Annual report on the Civil Veterinary Department, Burma (including the Insein Veterinary School) - 1910-1922
Year: 1910
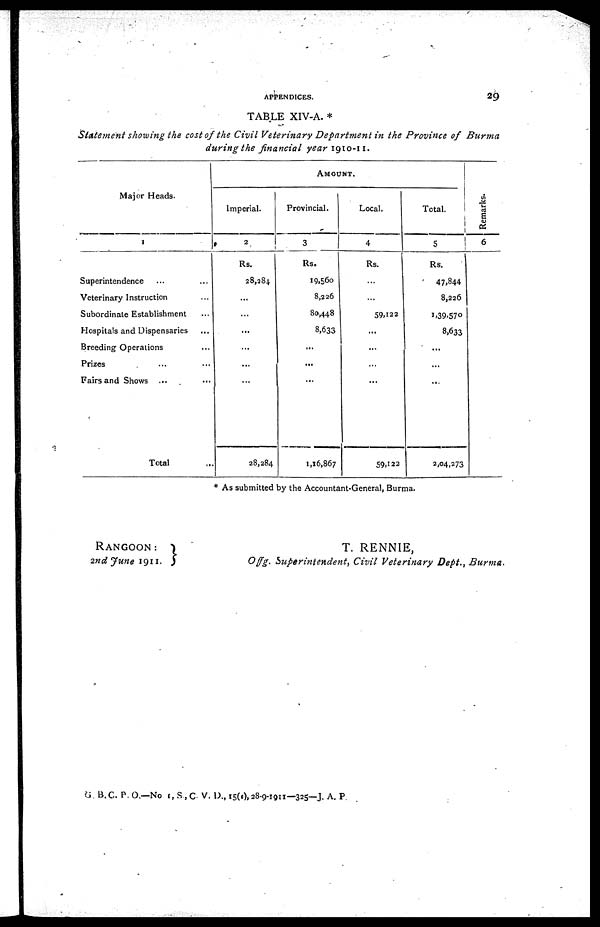
APPENDICES.
29
TABLE XIV-A. *
Statement showing the cost of the Civil Veterinary Department in the Province of Burma
during the financial year 1910-11.
Major Heads.
1
Superintendence ... ...
Veterinary Instruction ...
Subordinate Establishment ...
Hospitals and Dispensaries ...
Breeding Operations ...
Prizes ... ...
Fairs and Shows ... ...
Total ...
AMOUNT.
Imperial.
2
Rs.
28,284.
...
...
...
...
...
...
28,284
Provincial.
3
Rs.
19,560
8,226
80,448
8,633
...
...
...
1,16,867
Local.
4
Rs.
...
...
59,122
...
...
...
...
59,122
Total.
5
Rs.
47,844
8,226
1,39,570
8,633
...
...
...
2,04,273
Remarks.
6
* As submitted by the Accountant-General, Burma.
RANGOON:
2nd June 1911.
T. RENNIE,
Of f g. Superintendent, Civil Veterinary Dept., Burma.